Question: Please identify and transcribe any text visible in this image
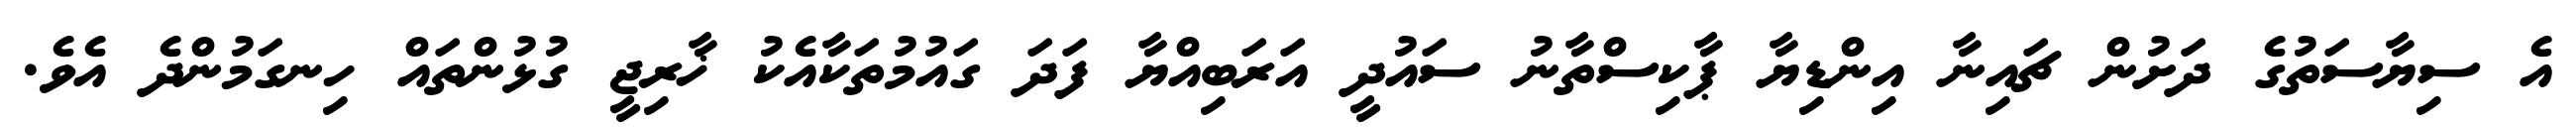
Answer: އެ ސިޔާސަތުގެ ދަށުން ޗައިނާ އިންޑިޔާ ޕާކިސްތާނު ސައުދީ އަރަބިއްޔާ ފަދަ ގައުމުތަކާއެކު ޚާރިޖީ ގުޅުންތައް ހިނގަމުންދެ އެވެ.